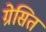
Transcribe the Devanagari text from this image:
ग्रेसित